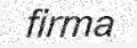
firma